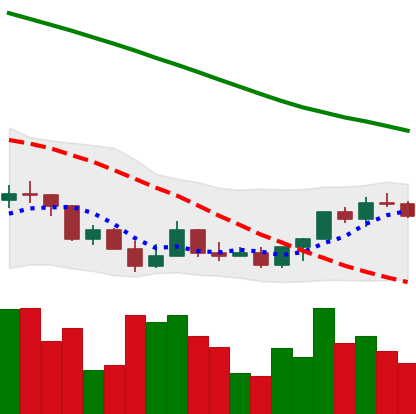
Ticker: LINK-USD
Chart end date: 2022-03-20
Forward return: 7.097%
Label: up_7plus